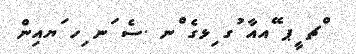
ްޗ ީޕ ޭއއާ ުގ ިޅގެ ްނ .ސެ ަނ ިހ ަޔއިން